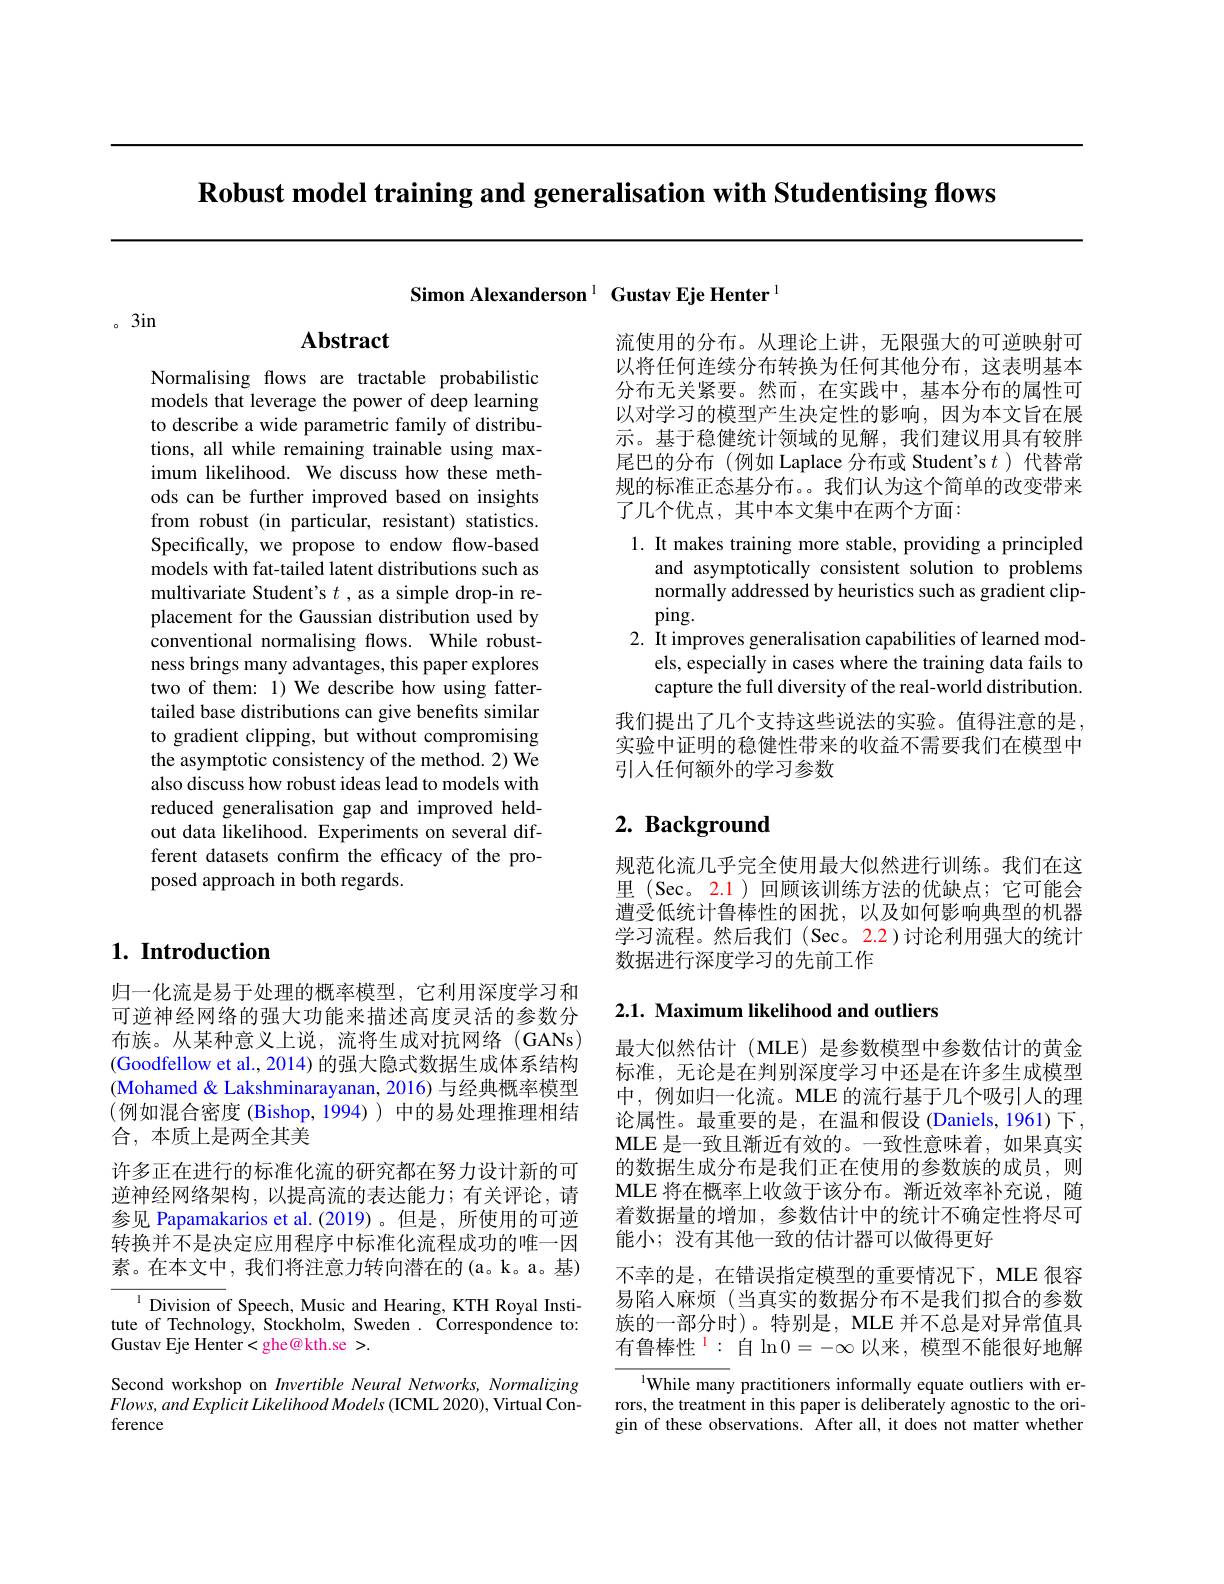
$\textbf{Robust model training and generalisation with Studentising flows}$

Simon Alexanderson $^1\textbf{Gustav Eje Henter}^{1}$

。3in

### $\mathbf{Abstract}$

Normalising flows are tractable probabilistic models that leverage the power of deep learning to describe a wide parametric family of distributions, all while remaining trainable using maximum likelihood. We discuss how these methods can be further improved based on insights from robust (in particular, resistant) statistics. Specifically, we propose to endow flow-based models with fat-tailed latent distributions such as multivariate Student's $t$ , as a simple drop-in replacement for the Gaussian distribution used by conventional normalising flows. While robustness brings many advantages, this paper explores two of them: 1) We describe how using fattertailed base distributions can give benefits similar to gradient clipping, but without compromising the asymptotic consistency of the method. 2) We also discuss how robust ideas lead to models with reduced generalisation gap and improved heldout data likelihood. Experiments on several different datasets confirm the efficacy of the proposed approach in both regards.

## $1. \textbf{ Introduction}$

归一化流是易于处理的概率模型，它利用深度学习和可逆神经网络的强大功能来描述高度灵活的参数分布族。从某种意义上说，流将生成对抗网络(GANs) (Goodfellow et al., 2014) 的强大隐式数据生成体系结构(Mohamed& Lakshminarayanan, 2016) 与经典概率模型(例如混合密度 (Bishop, 1994))中的易处理推理相结合，本质上是两全其美
许多正在进行的标准化流的研究都在努力设计新的可逆神经网络架构，以提高流的表达能力；有关评论，请参见 Papamakarios et al.(2019)。但是，所使用的可逆转换并不是决定应用程序中标准化流程成功的唯一因素。在本文中，我们将注意力转向潜在的(a。k。a。基)

$^{1}$ Division of Speech, Music and Hearing, KTH Royal Institute of Technology, Stockholm, Sweden. Correspondence to: Gustav Eje Henter<ghe@kth.se >.

Second workshop on Invertible Neural Networks, Normalizing $Flows,andExplicit$ Likelihood Models (ICML 2020), Virtual Conference

流使用的分布。从理论上讲，无限强大的可逆映射可以将任何连续分布转换为任何其他分布，这表明基本分布无关紧要。然而，在实践中，基本分布的属性可以对学习的模型产生决定性的影响，因为本文旨在展示。基于稳健统计领域的见解，我们建议用具有较胖尾巴的分布(例如 Laplace 分布或 Student's $t$代替常规的标准正态基分布。。我们认为这个简单的改变带来了几个优点，其中本文集中在两个方面：

1. It makes training more stable, providing a principled
and asymptotically consistent solution to problems normally addressed by heuristics such as gradient clip- $ping.$
2. It improves generalisation capabilities of learned mod-
els, especially in cases where the training data fails to capture the full diversity of the real-world distribution.
我们提出了几个支持这些说法的实验。值得注意的是， 实验中证明的稳健性带来的收益不需要我们在模型中引人任何额外的学习参数

# 2. Background

规范化流几乎完全使用最大似然进行训练。我们在这里(Sec。2.1)回顾该训练方法的优缺点；它可能会遭受低统计鲁棒性的困扰，以及如何影响典型的机器学习流程。然后我们 (Sec。2.2)讨论利用强大的统计数据进行深度学习的先前工作

## 2.1. Maximum likelihood and outliers

最大似然估计 (MLE) 是参数模型中参数估计的黄金标准，无论是在判别深度学习中还是在许多生成模型中，例如归一化流。MLE 的流行基于几个吸引人的理论属性。最重要的是，在温和假设 (Daniels,1961)下， MLE 是一致且渐近有效的。一致性意味着，如果真实的数据生成分布是我们正在使用的参数族的成员，则MLE 将在概率上收敛于该分布。渐近效率补充说，随着数据量的增加，参数估计中的统计不确定性将尽可能小；没有其他一致的估计器可以做得更好
不幸的是，在错误指定模型的重要情况下，MLE 很容易陷入麻烦(当真实的数据分布不是我们拟合的参数族的一部分时)。特别是，MLE 并不总是对异常值具有鲁棒性$^1:$自$\ln0=-\infty$以来，模型不能很好地解

$^{1}$While many practitioners informally equate outliers with errors, the treatment in this paper is deliberately agnostic to the origin of these observations. After all, it does not matter whether